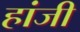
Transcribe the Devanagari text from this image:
हांजी